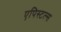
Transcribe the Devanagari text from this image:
एपिस्टल्स